Civil Veterinary Department Bengal reports 1933-51 - 1933-1951
Year: 1933
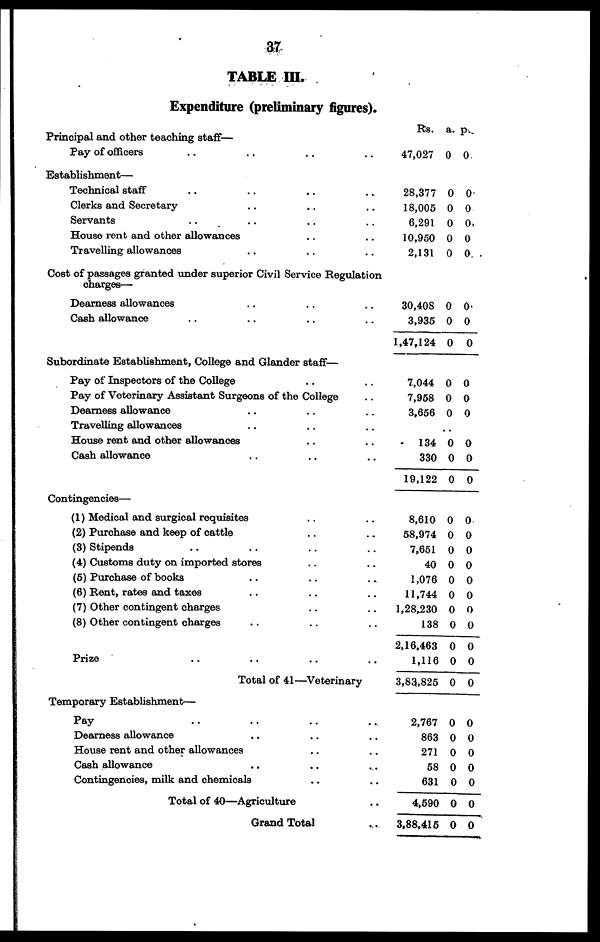
37
TABLE III.
Expenditure (preliminary figures).
Principal and other teaching staff—
Pay of officers .. .. .. ..
Establishment—
Technical staff .. .. .. ..
Clerks and Secretary .. .. ..
Servants .. .. .. ..
House rent and other allowances .. ..
Travelling allowances .. .. ..
Cost of passages granted under superior Civil Service Regulation
charges—
Dearness allowances .. .. ..
Cash allowance .. .. .. ..
Subordinate Establishment, College and Glander staff—
Pay of Inspectors of the College .. ..
Pay of Veterinary Assistant Surgeons of the College ..
Dearness allowance .. .. ..
Travelling allowances .. .. ..
House rent and other allowances .. ..
Cash allowance .. .. ..
Contingencies—
(1) Medical and surgical requisites .. ..
(2) Purchase and keep of cattle .. ..
(3) Stipends .. .. .. ..
(4) Customs duty on imported stores .. ..
(5) Purchase of books .. .. ..
(6) Bent, rates and taxes .. .. ..
(7) Other contingent charges .. ..
(8) Other contingent charges .. .. ..
Prize .. .. .. ..
Total of 41—Veterinary
Temporary Establishment—
Pay .. .. .. ..
Dearness allowance .. .. ..
House rent and other allowances .. ..
Cash allowance .. .. ..
Contingencies, milk and chemicals .. ..
Total of 40—Agriculture ..
Grand Total ..
Rs.
47,027
28,377
18,005
6,291
10,950
2,131
30,408
3,935
1,47,124
7,044
7,958
3,656
134
330
19,122
8,610
58,974
7,651
40
1,076
11,744
1,28,230
138
2,16,463
1,116
3,83,825
2,767
863
271
58
631
4,590
3,88,415
a.
0
0
0
0
0
0
0
0
0
0
0
0
0
0
0
0
0
0
0
0
0
0
0
0
0
0
0
0
0
0
0
0
0
p.
0
0
0
0
0
0
0
0
0
0
0
0
0
0
0
0
0
0
0
0
0
0
0
0
0
0
0
0
0
0
0
0
0